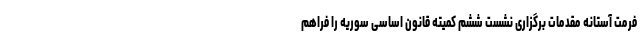
فرمت آستانه مقدمات برگزاری نشست ششم کمیته قانون اساسی سوریه را فراهم